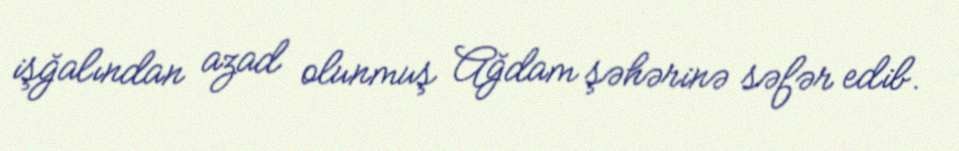
işğalından azad olunmuş Ağdam şəhərinə səfər edib.